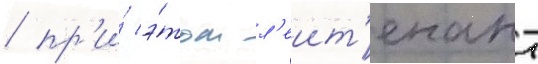
/ пр'и́ э́том л'еит'енант